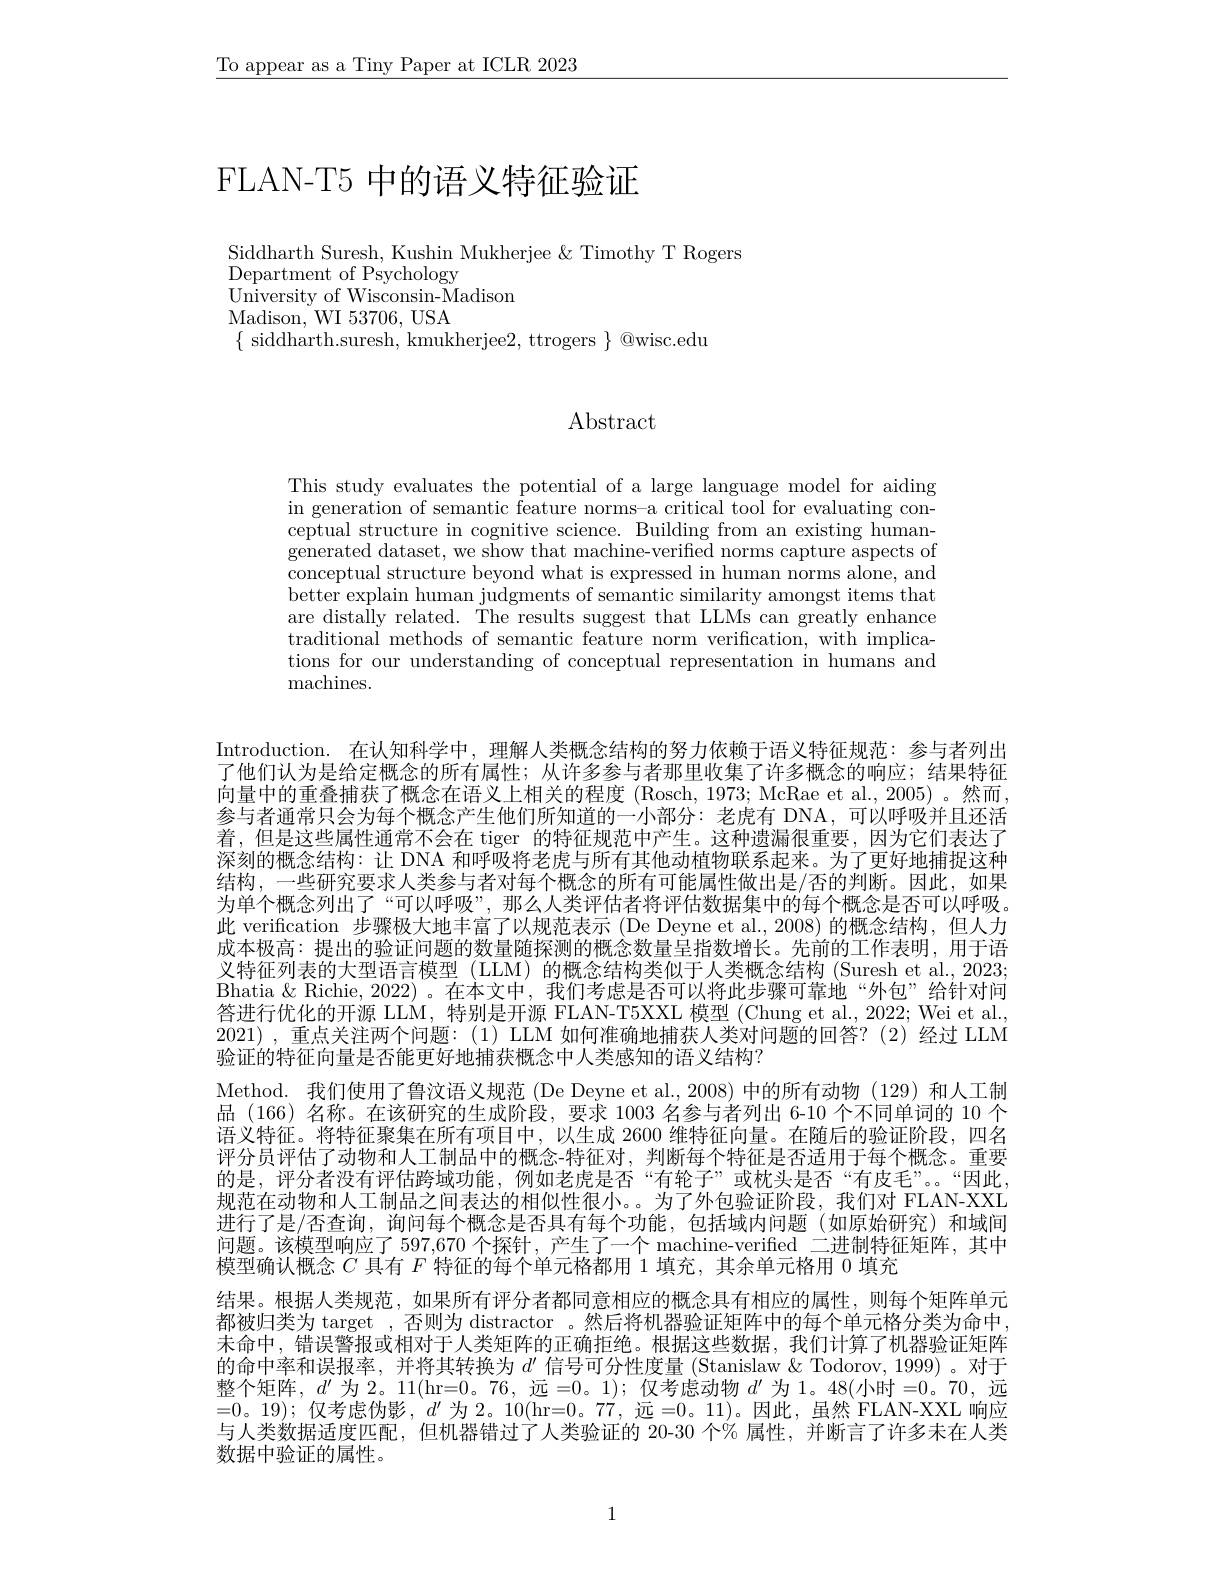
$\underline{\text{To appear as a Tiny Paper at ICLR 2023}}$

# FLAN-T5 中的语义特征验证

Siddharth Suresh, Kushin Mukherjee & Timothy T Rogers
Department of Psychology
$\bar{\text{University of Wisconsin-Madison}}$
Madison, WI 53706, USA
$\{$ siddharth.suresh, kmukherjee2, ttrogers $\}$ @wisc.edu

$\operatorname{Abstract}$

This study evaluates the potential of a large language model for aiding in generation of semantic feature norms-a critical tool for evaluating conceptual structure in cognitive science. Building from an existing human- $\dot{\text{generated dataset, we show that machine-verified norms capture aspects of}}$ conceptual structure beyond what is expressed in human norms alone, and better explain human judgments of semantic similarity amongst items that are distally related. The results suggest that LLMs can greatly enhance traditional methods of semantic feature norm verification, with implications for our understanding of conceptual representation in humans and ${\mathrm{machines.}}$

Introduction. 在认知科学中，理解人类概念结构的努力依赖于语义特征规范：参与者列出了他们认为是给定概念的所有属性；从许多参与者那里收集了许多概念的响应；结果特征向量中的重叠捕获了概念在语义上相关的程度 (Rosch, 1973; McRae et al., 2005)。然而， 参与者通常只会为每个概念产生他们所知道的一小部分：老虎有 DNA,可以呼吸并且还活着，但是这些属性通常不会在 tiger 的特征规范中产生。这种遗漏很重要，因为它们表达了深刻的概念结构：让 DNA 和呼吸将老虎与所有其他动植物联系起来。为了更好地捕捉这种结构，一些研究要求人类参与者对每个概念的所有可能属性做出是/否的判断。因此，如果为单个概念列出了“可以呼吸”,那么人类评估者将评估数据集中的每个概念是否可以呼吸此 verification 步骤极大地丰富了以规范表示 (De Deyne et al.,2008)的概念结构，但人力成本极高：提出的验证问题的数量随探测的概念数量呈指数增长。先前的工作表明，用于语义特征列表的大型语言模型 (LLM) 的概念结构类似于人类概念结构 (Suresh et al., 2023; Bhatia & Richie, 2022) 。在本文中，我们考虑是否可以将此步骤可靠地“外包”给针对间答进行优化的开源 LLM, 特别是开源 FLAN-T5XXL 模型 (Chung et al., 2022; Wei et al., 2021),重点关注两个问题：(1) LLM 如何准确地捕获人类对问题的回答？(2)经过 LLM 验证的特征向量是否能更好地捕获概念中人类感知的语义结构？
Method. 我们使用了鲁汶语义规范 (De Deyne et al., 2008)中的所有动物 (129)和人工制品 (166) 名称。在该研究的生成阶段，要求 1003 名参与者列出 6-10 个不同单词的 10 个语义特征。将特征聚集在所有项目中，以生成 2600 维特征向量。在随后的验证阶段，四名评分员评估了动物和人工制品中的概念-特征对，判断每个特征是否适用于每个概念。重要的是，评分者没有评估跨域功能，例如老虎是否“有轮子”或枕头是否“有皮毛”。“因此， 规范在动物和人工制品之间表达的相似性很小。为了外包验证阶段，我们对 FLAN-XXL 进行了是/否查询，询问每个概念是否具有每个功能，包括域内问题(如原始研究)和域间问题。该模型响应了 597,670 个探针，产生了一个 machine-verified 二进制特征矩阵，其中模型确认概念$C$具有$F$特征的每个单元格都用 1 填充，其余单元格用 0 填充
结果。根据人类规范，如果所有评分者都同意相应的概念具有相应的属性，则每个矩阵单元都被归类为 target , 否则为 distractor 。然后将机器验证矩阵中的每个单元格分类为命中， 未命中，错误警报或相对于人类矩阵的正确拒绝。根据这些数据，我们计算了机器验证矩阵的命中率和误报率，并将其转换为$d^\prime$信号可分性度量 (Stanislaw & Todorov, 1999) 。对于整个矩阵，$d^\prime$为 2。11(hr=0。76, 远 =0。1); 仅考虑动物$d^\prime$为 1。48(小时 =0。70, 远=0。19);仅考虑伪影，$d^\prime$为2。10(hr=0。77,远=0。11)。因此，虽然 FLAN-XXL 响应与人类数据适度匹配，但机器错过了人类验证的 20-30 个% 属性，并断言了许多未在人类数据中验证的属性。

1